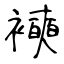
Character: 襫